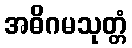
အဓိဂမသုတ္တံ